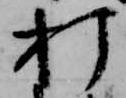
打